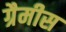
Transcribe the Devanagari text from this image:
ग्रैमीस